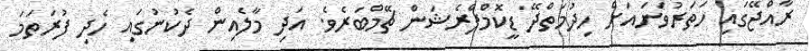
ރާއްޖޭގައި ހަތަރުވަނައަށް ހިދުމަތްދޭ ޑީކޮމްޕްރެޝަން ޗޭމްބަރެވެ. އަދި މާލެއިން ދެކުނުގައި ހެދި ފުރަތަމަ